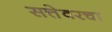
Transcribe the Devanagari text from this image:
सत्तेवरचा